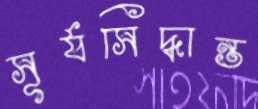
সূর্যসিদ্ধান্ত